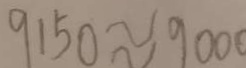
9 1 5 0 \approx 9 0 0 0